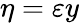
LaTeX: \eta=\varepsilon y